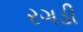
રગડી